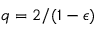
q = 2 / ( 1 - \epsilon )